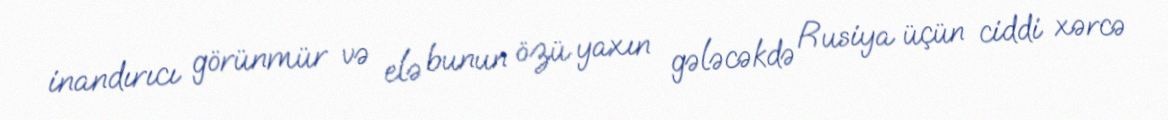
inandırıcı görünmür və elə bunun özü yaxın gələcəkdə Rusiya üçün ciddi xərcə